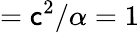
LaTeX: =\mathsf{c}^{2}/\alpha=1